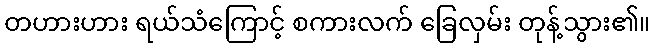
တဟားဟား ရယ်သံကြောင့် စကားလက် ခြေလှမ်း တုန့်သွား၏။